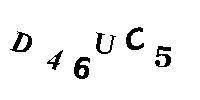
D46UC5